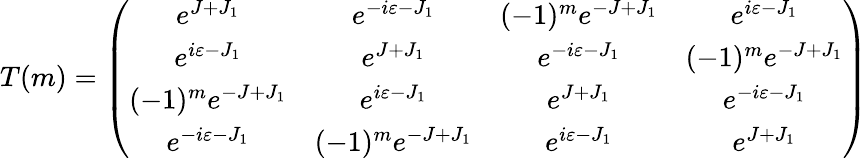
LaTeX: T(m)=\left(\begin{array}{cccc}{{e^{J+J_{1}}}}&{{e^{-i\varepsilon-J_{1}}}}&{{(-1)^{m}e^{-J+J_{1}}}}&{{e^{i\varepsilon-J_{1}}}}\\ {{e^{i\varepsilon-J_{1}}}}&{{e^{J+J_{1}}}}&{{e^{-i\varepsilon-J_{1}}}}&{{(-1)^{m}e^{-J+J_{1}}}}\\ {{(-1)^{m}e^{-J+J_{1}}}}&{{e^{i\varepsilon-J_{1}}}}&{{e^{J+J_{1}}}}&{{e^{-i\varepsilon-J_{1}}}}\\ {{e^{-i\varepsilon-J_{1}}}}&{{(-1)^{m}e^{-J+J_{1}}}}&{{e^{i\varepsilon-J_{1}}}}&{{e^{J+J_{1}}}}\end{array}\right)